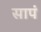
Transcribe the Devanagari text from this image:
सापं